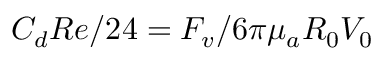
C _ { d } R e / 2 4 = F _ { v } / 6 { \pi } { \mu } _ { a } R _ { 0 } V _ { 0 }